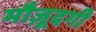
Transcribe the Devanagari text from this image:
मौज़ूदगी